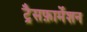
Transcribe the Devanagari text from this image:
ट्रैसफ़ार्मेशन